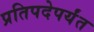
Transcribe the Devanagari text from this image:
प्रतिपदेपर्यंत